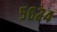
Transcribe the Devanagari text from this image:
५६२४